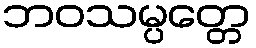
ဘဝသမ္ပတ္တေ